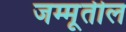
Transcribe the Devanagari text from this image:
जम्मूतील